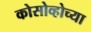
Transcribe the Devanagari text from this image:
कोसोव्होच्या